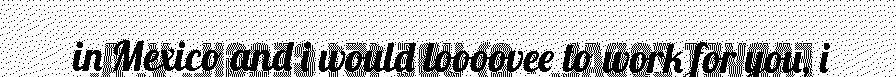
in Mexico and i would loooovee to work for you, i